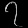
Digit: ၇